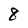
Character: 8